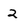
Character: 2